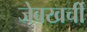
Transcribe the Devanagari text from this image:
जेबखर्ची